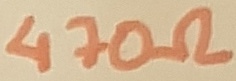
Text: 470Ω